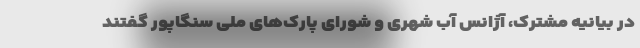
در بیانیه مشترک، آژانس آب شهری و شورای پارک‌های ملی سنگاپور گفتند